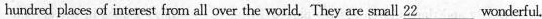
hundred places of interest from all over the world. They are small 22___wonderful.